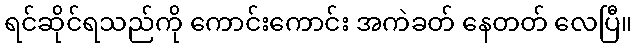
ရင်ဆိုင်ရသည်ကို ကောင်းကောင်း အကဲခတ် နေတတ် လေပြီ။